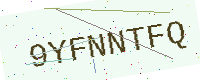
Text: 9YFNNTFQ